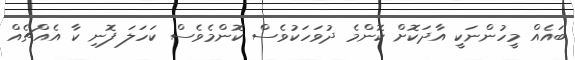
ބައެއް މީހުންނަކީ އާދަކޮށް ކޮންމެ ދުވަހަކުވެސް ކޮންމެވެސް ކަހަލަ ފޮނި ކާ އެއްޗެއް